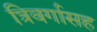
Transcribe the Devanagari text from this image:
त्रिवर्गासह